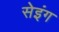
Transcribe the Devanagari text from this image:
सेइंग